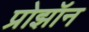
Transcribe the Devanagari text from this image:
प्रोझॉन